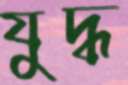
যুদ্ধ